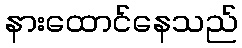
နားထောင်နေသည်